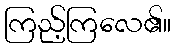
ကြည့်ကြလေ၏။